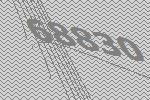
68830